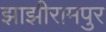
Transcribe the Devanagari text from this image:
झाझीरामपुर